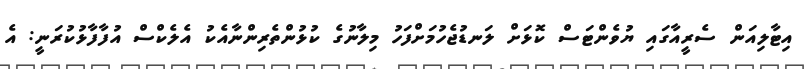
އިޓާލިއަން ސެރީއާގައި ޔުވެންޓަސް ކޮޅަށް ލަނޑުޖެހުމަށްފަހު މިލާނުގެ ކުޅުންތެރިންނާއެކު އެލެކްސް އުފާފާޅުކުރަނީ: އެ